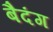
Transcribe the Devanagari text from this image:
बैदंग